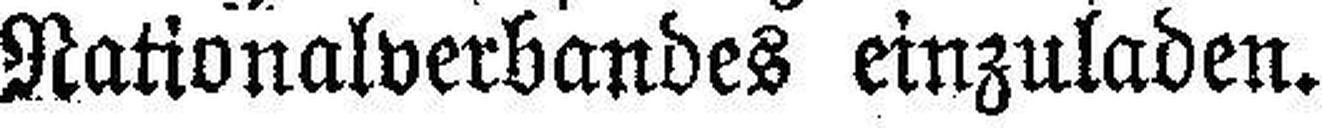
Nationalverbandes einzuladen.